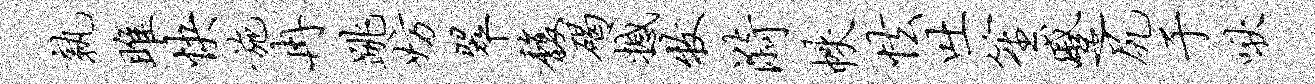
孰雎快施冉跳妨翠馥碣撼牧漪帙怯吐笙蹙尻于啾